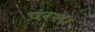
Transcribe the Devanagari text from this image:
परस्प्र